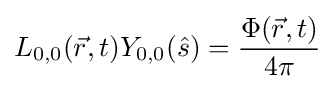
L_{0,0}({\vec {r}},t)Y_{0,0}({\hat {s}})={\frac {\Phi ({\vec {r}},t)}{4\pi }}